Vaccine operations Central Provinces & Berar 1912-1920 - 1912-1920
Year: 1912
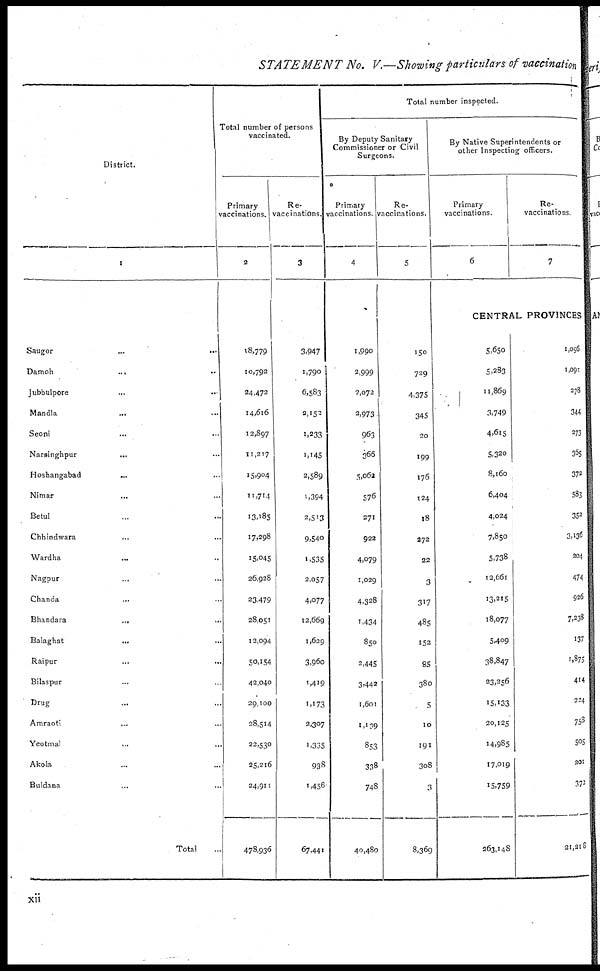
STATEMENT No. V.—Showing particulars of vaccination
District.
1
Saugor
...
...
Damoh
...
...
Jubbulpore ... ...
Mandla ... ...
Seoni ... ...
Narsinghpur
...
...
Hoshangabad ... ...
Nimar ... ...
Betul ... ...
Chhindwara ... ...
Wardha ... ...
Nagpur ... ...
Chanda ... ...
Bhandara
...
...
Balaghat ... ...
Raipur ... ...
Bilaspur ... ...
Drug ... ...
Amraoti ... ...
Yeotmal ... ...
Akola ... ...
Buldana ... ...
Total ...
Total number of persons
vaccinated.
Primary
vaccinations.
2
18,779
10,792
24,472
14,616
12,897
11,217
15,904
11,714
13,185
17,298
15,045
26,928
23,479
28,051
12,094
50,154
42,040
20,100
28,514
22,530
25,216
24,911
478,936
Re-
vaccinations.
3
3,947
1,790
6,583
3,150
1,233
1,145
2,589
1,394
2,513
9,540
1,535
2,057
4,077
12,669
1,629
3,960
1,419
1,173
2,307
1,335
938
1,456
67,441
Total number inspected.
By Deputy Sanitary
Commissioner or Civil
Surgeons.
Primary
vaccinations.
4
1,990
2,999
2,072
2,973
963
366
5,062
576
271
922
4,079
1,029
4,328
1,434
850
2,445
3,442
1,601
1,139
853
338
748
40,480
Re-
vaccinations.
5
150
729
4,375
345
20
199
176
124
18
272
22
3
317
485
152
85
380
5
10
191
308
3
8,369
By Native Superintendents or
other Inspecting officers.
Primary
vaccinations.
6
Re-
vaccinations.
7
CENTRAL PROVINCES
5,650
5,283
11,869
3,749
4,615
5,320
8,160
6,404
4,024
7,850
5,738
12,661
13,215
18,077
5,409
38,847
23,256
15,133
20,125
14,985
17,019
15,759
263,148
1,096
1,091
278
344
273
365
372
583
352
3,136
204
474
926
7,238
137
1,875
414
224
758
505
201
372
21,218
xii